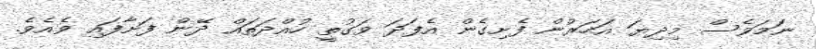
ނަމަވެސް މިދިޔަ އަހަރުން ފެށިގެން އެފަދަ ވަގުތީ ހުއްދަތައް ދޭން ފަށާފައި ވެއެވެ.